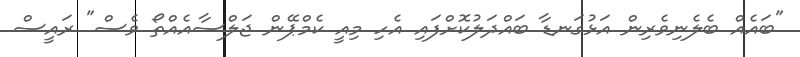
"ބައެއް ބެލެނިވެރިން އަޅުގަނޑާ ބައްދަލުކޮށްފައި އެހި މިއީ ކެމްޕޭން ޖަލްސާއެއްތޯ ވެސް" ރައީސް